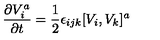
{ \frac { \partial V _ { i } ^ { a } } { \partial t } } = { \frac { 1 } { 2 } } \epsilon _ { i j k } [ V _ { i } , V _ { k } ] ^ { a }